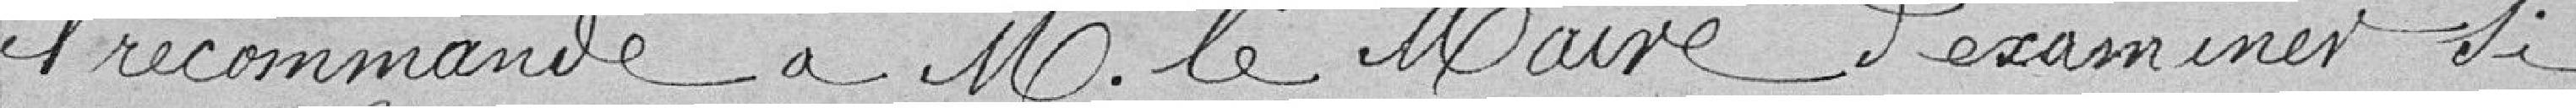
il recommande à M. le Maire d'examiner si